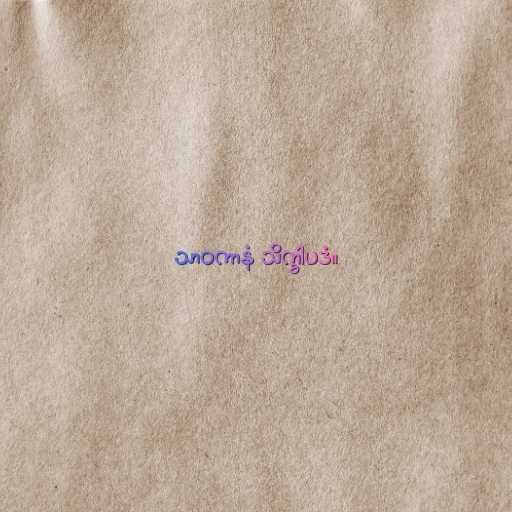
သာဝကာနံ သိက္ခါပဒံ။